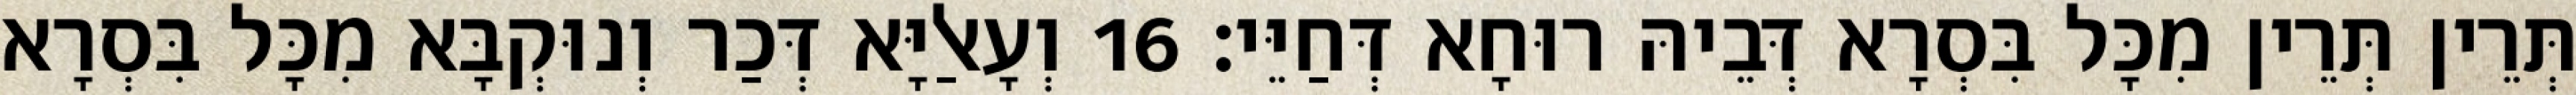
תְּרֵין תְּרֵין מִכָּל בִּסְרָא דְּבֵיהּ רוּחָא דְּחַיֵּי׃ 16 וְעָאלַיָּא דְּכַר וְנוּקְבָּא מִכָּל בִּסְרָא